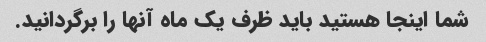
شما اینجا هستید باید ظرف یک ماه آنها را برگردانید.